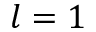
l = 1